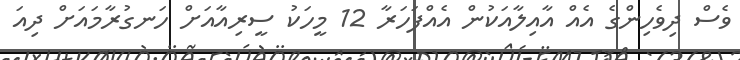
ވެސް ދިވެހިންގެ އެއް އާއިލާއަކުން އެއްފަހަރާ 12 މީހަކު ސީރިއާއަށް ހަނގުރާމައަށް ދިއަ